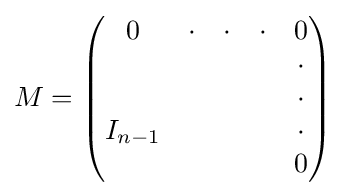
M={\begin{pmatrix}0&\cdot &\cdot &\cdot &0\\&&&&\cdot \\&&&&\cdot \\I_{n-1}&&&&\cdot \\&&&&0\end{pmatrix}}